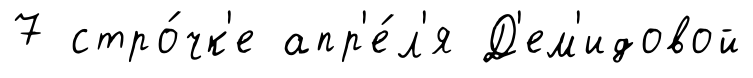
7 стро́чк'е апр'е́л'я Д'ем'идовой